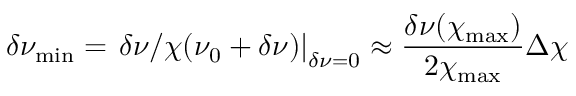
\delta \nu _ { \mathrm { m i n } } = \left. \delta \nu / \chi ( \nu _ { 0 } + \delta \nu ) \right| _ { \delta \nu = 0 } \approx \frac { \delta \nu ( \chi _ { \mathrm { m a x } } ) } { 2 \chi _ { \mathrm { m a x } } } \Delta \chi